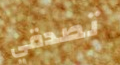
تصدقي